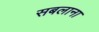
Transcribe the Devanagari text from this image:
सबलाना